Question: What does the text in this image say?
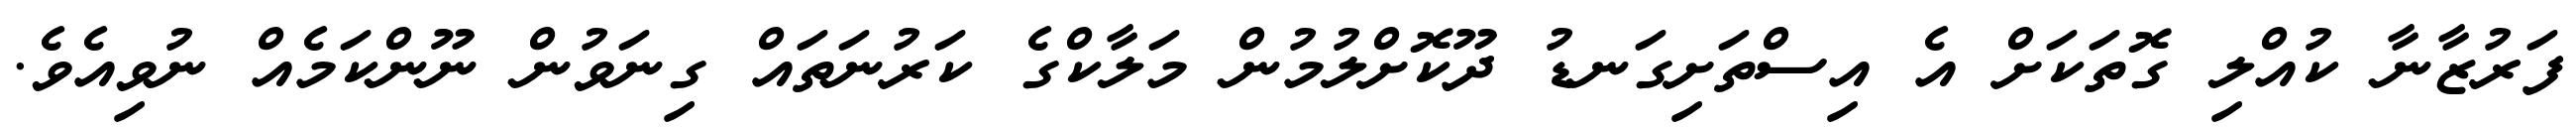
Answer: ފަރުޒާނާ ކުއްލި ގޮތަކަށް އެ އިސްތަށިގަނޑު ދޫކޮށްލުމުން މަލާކްގެ ކަރުނަތައް ގިނަވުން ނޫންކަމެއް ނުވިއެވެ.